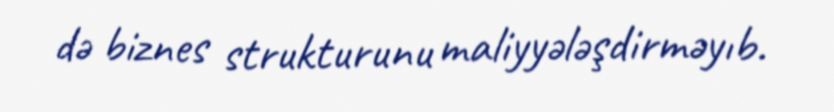
də biznes strukturunu maliyyələşdirməyıb.